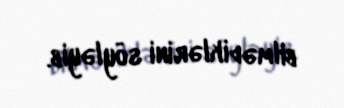
bilmədiklərini söyləyib.